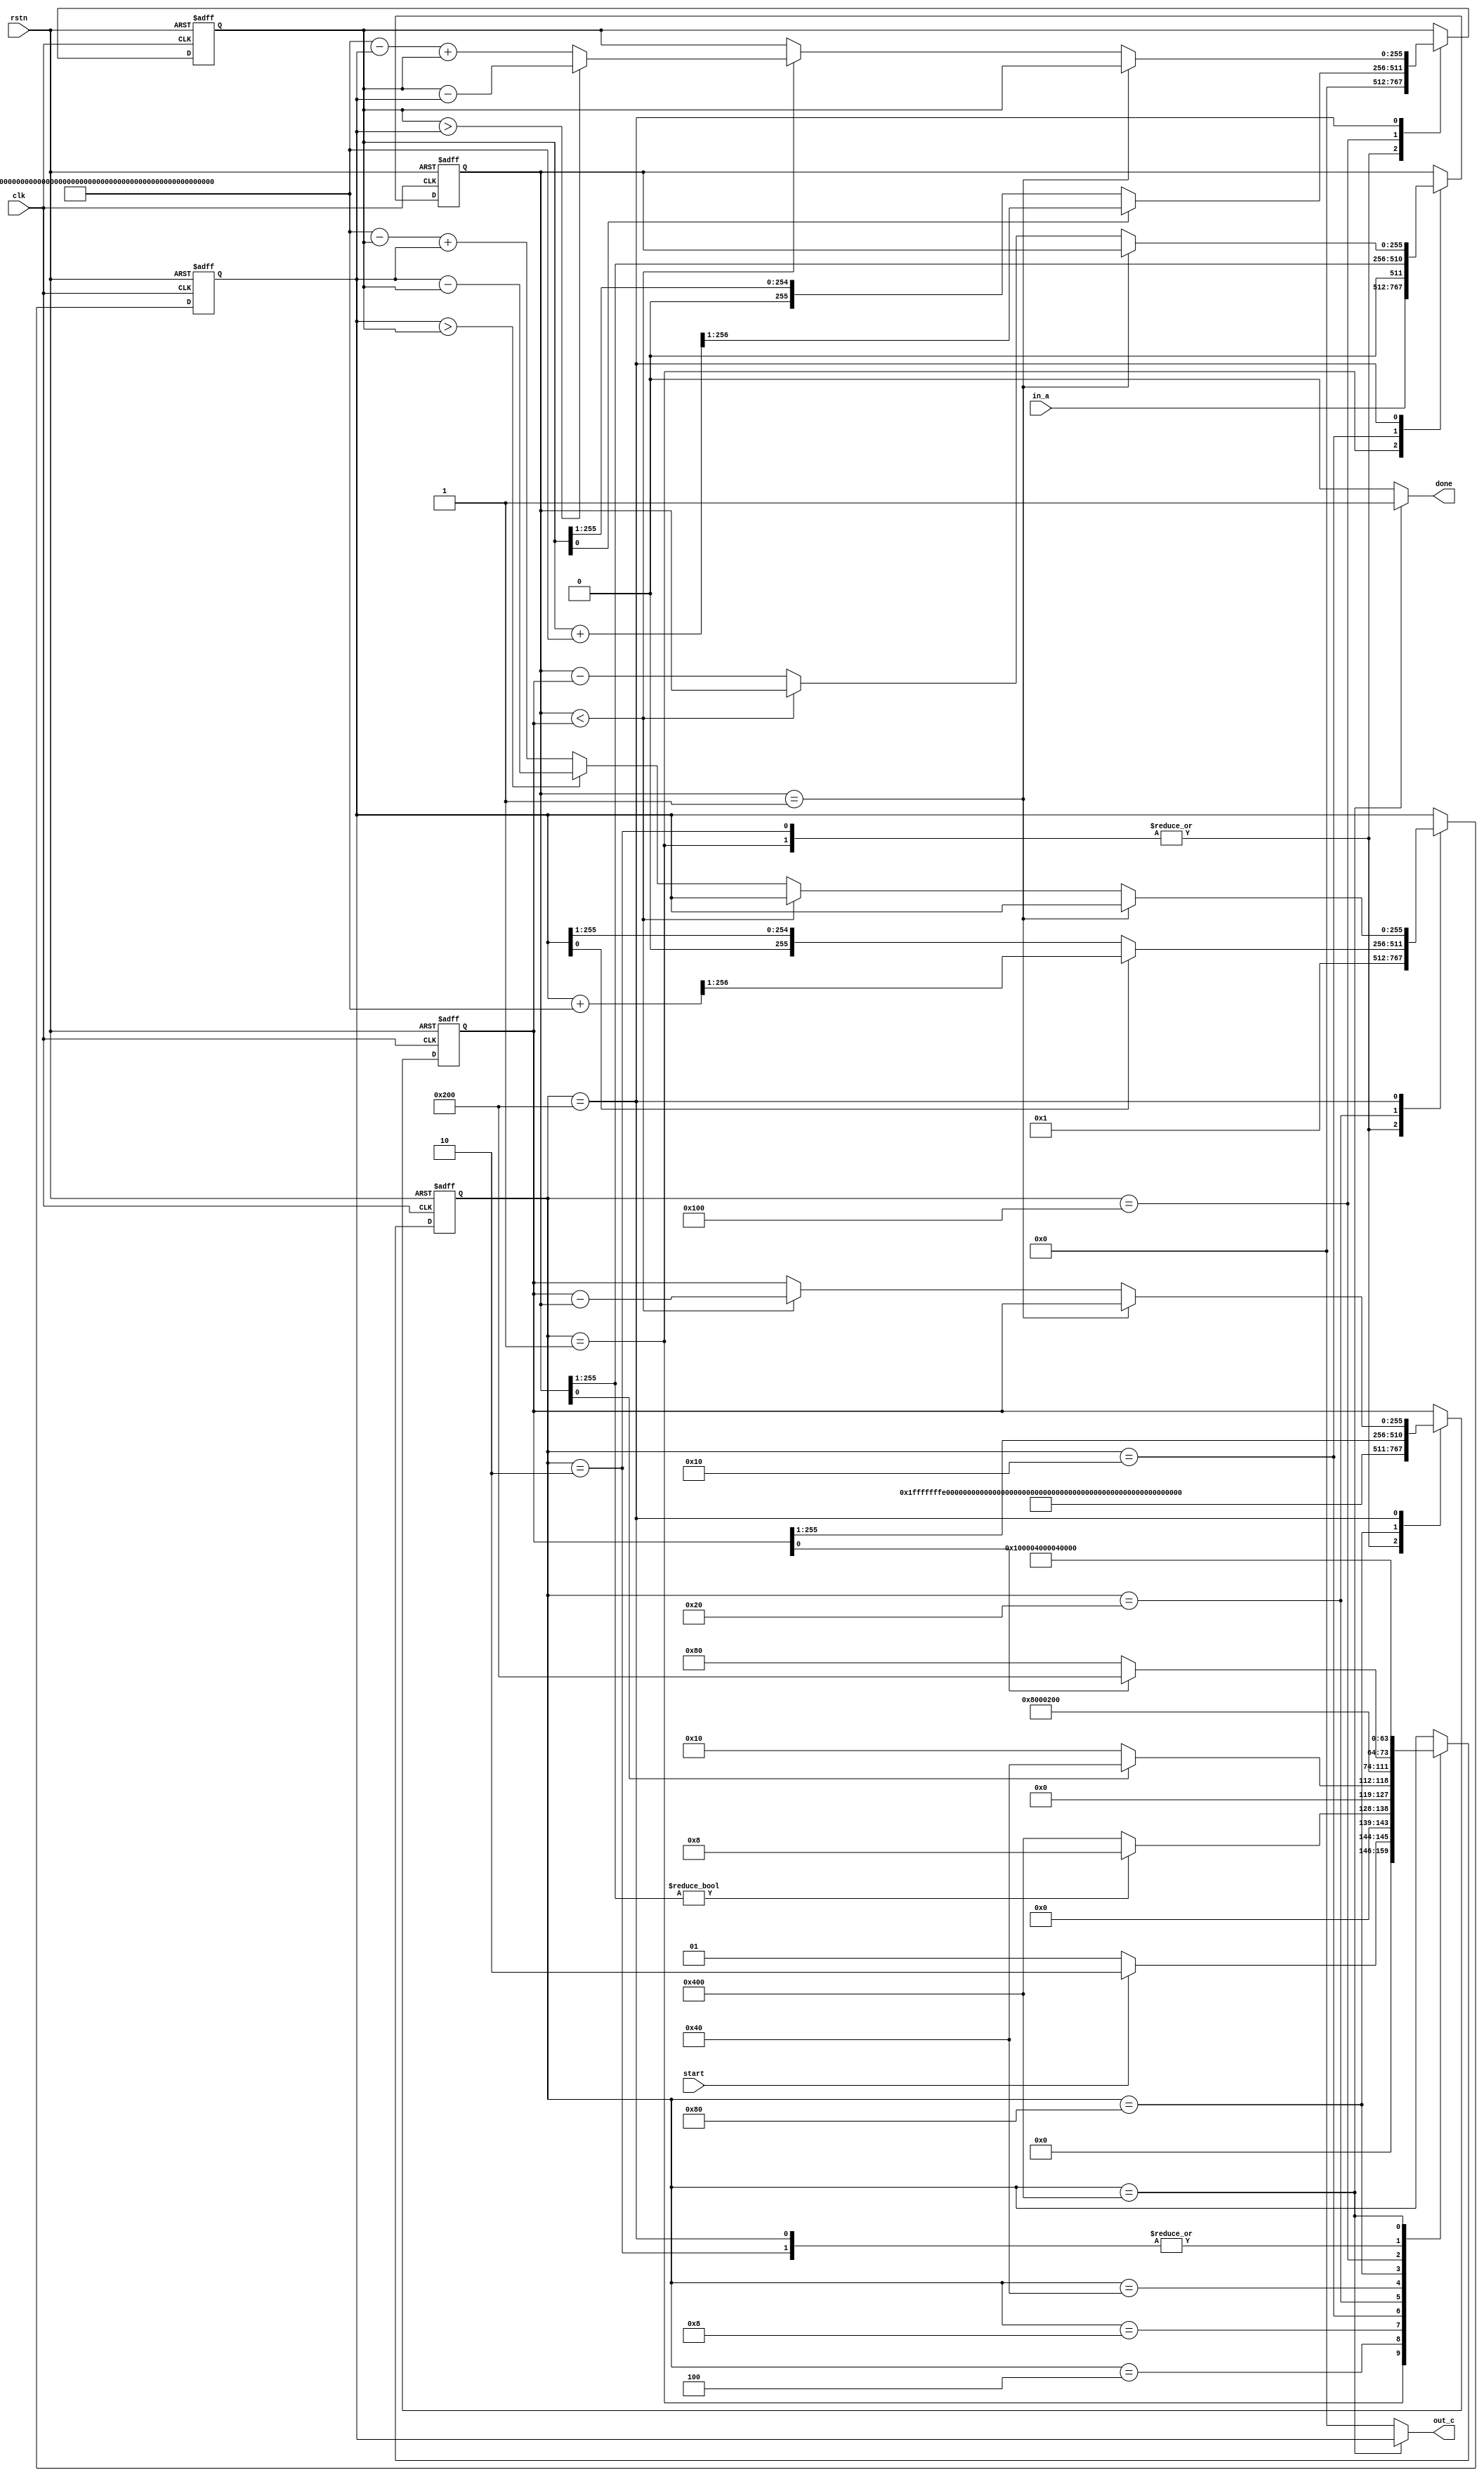
`timescale 1ns / 1ps
//////////////////////////////////////////////////////////////////////////////////
// Company: 
// 
// Design Name: 
// Module Name:    mod_inv_p
// Project Name: 
// Target Devices: 
// Tool versions: 
// Description: 
//
// Dependencies: 
//
// Revision: 
// Revision 0.01 - File Created
// Additional Comments: 
//     p256AAP
//     SM2
//////////////////////////////////////////////////////////////////////////////////
module mod_inv_p (
    clk,
    rstn,
    in_a,
    start,
    out_c,
    done
);
    input wire clk;
    input wire rstn;
    input wire[255:0] in_a;
    input wire start;
    output wire[255:0] out_c;
    output wire done;

    localparam p = 256'hFFFFFFFEFFFFFFFFFFFFFFFFFFFFFFFFFFFFFFFF00000000FFFFFFFFFFFFFFFF;

    // regs
    reg[255:0] u;
    reg[255:0] v;
    reg[255:0] s1;
    reg[255:0] s2;

    // some calculate wire
    wire[256:0] s1_add_p;
    wire[256:0] s2_add_p;
    assign s1_add_p = s1 + p;
    assign s2_add_p = s2 + p;
    wire[256:0] s1_add_p_div_2;
    wire[256:0] s2_add_p_div_2;
    assign s1_add_p_div_2 = s1_add_p >> 1;
    assign s2_add_p_div_2 = s2_add_p >> 1;
    wire[255:0] p_minus_s1;
    wire[255:0] p_minus_s2;
    assign p_minus_s1 = p - s1;
    assign p_minus_s2 = p - s2;


    // state
    reg[15:0] state;
    localparam IDLE   = 16'b0000000000000001;
    localparam INIT   = 16'b0000000000000010;
    localparam CYCLE  = 16'b0000000000000100; // u>1
    localparam UEVEN  = 16'b0000000000001000; // u[0]==0
    localparam USHIFT = 16'b0000000000010000; // u>>1
    localparam S1CAL  = 16'b0000000000100000; // s1>>1 or (s1+p)>>1
    localparam VEVEN  = 16'b0000000001000000; // v[0]==0
    localparam VSHIFT = 16'b0000000010000000; // v>>1
    localparam S2CAL  = 16'b0000000100000000; // s2>>1 or (s2+p)>>1
    localparam MINUS  = 16'b0000001000000000; // change u,v,s1,s2
    localparam FIN    = 16'b0000010000000000;

    // state signal
    wire cycle_finished;
    wire u_even;
    wire v_even;
    // judge if uv > 1
    wire[254:0] u_high;
    wire[254:0] v_high;
    assign u_high = u[255:1];
    assign v_high = v[255:1];
    // signal change
    assign cycle_finished = ( u_high ) ? 0 : 1;
    assign u_even = u[0] ? 0 : 1;
    assign v_even = v[0] ? 0 : 1;

    // state change
    always @(posedge clk or negedge rstn) begin
        if(!rstn) begin
            state <= IDLE;
        end
        else begin
            case(state)
                IDLE:begin
                    state <= start ? INIT : IDLE;
                end
                INIT:begin
                    state <= CYCLE;
                end
                CYCLE:begin
                    state <= cycle_finished ? FIN : UEVEN;
                end
                UEVEN:begin
                    state <= u_even ? USHIFT : VEVEN;
                end
                USHIFT:begin
                    state <= S1CAL;
                end
                S1CAL:begin
                    state <= UEVEN;
                end
                VEVEN:begin
                    state <= v_even ? VSHIFT : MINUS;
                end
                VSHIFT:begin
                    state <= S2CAL;
                end
                S2CAL:begin
                    state <= VEVEN;
                end
                MINUS:begin
                    state <= CYCLE;
                end
                FIN:begin
                    state <= IDLE;
                end
                default:begin
                end
            endcase
        end
    end

    // data change
    always @(posedge clk or negedge rstn) begin
        if(!rstn) begin
            u <= 0;
            v <= 0;
            s1 <= 0;
            s2 <= 0;
        end
        else begin
            case(state)
                IDLE:begin
                    u <= in_a;
                    v <= p;
                    s1 <= 1;
                    s2 <= 0;
                end
                INIT:begin
                    v <= p;
                    s1 <= 1;
                    s2 <= 0;
                end
                CYCLE:begin
                end
                UEVEN:begin
                end
                USHIFT:begin
                    u <= u >> 1;
                end
                S1CAL:begin
                    s1 <= ( s1[0] ) ? s1_add_p_div_2[255:0] : ( s1 >> 1 );
                end
                VEVEN:begin
                end
                VSHIFT:begin
                    v <= v >> 1;
                end
                S2CAL:begin
                    s2 <= ( s2[0] ) ? s2_add_p_div_2[255:0] : ( s2 >> 1 );
                end
                MINUS:begin
                    if( u == 1 ) begin
                        // do nothing
                    end
                    else if( u < v ) begin
                        v <= v - u;
                        s2 <= ( s2 > s1 ) ? ( s2 - s1 ) : ( p_minus_s1 + s2 );
                    end
                    else begin
                        u <= u - v;
                        s1 <= ( s1 > s2 ) ? ( s1 - s2 ) : ( p_minus_s2 + s1 );
                    end
                end
                FIN:begin
                end
                default:begin
                end
            endcase
        end
    end

    assign out_c = ( state == FIN ) ? s1 : 0;
    assign done = ( state == FIN ) ? 1 : 0;

endmodule